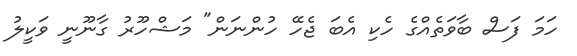
ހަމަ ފަސް ބާވަތެއްގެ ހެކި އެބަ ޖެހޭ ހުންނަން" މަޝްހޫރު ގާނޫނީ ވަކީލު